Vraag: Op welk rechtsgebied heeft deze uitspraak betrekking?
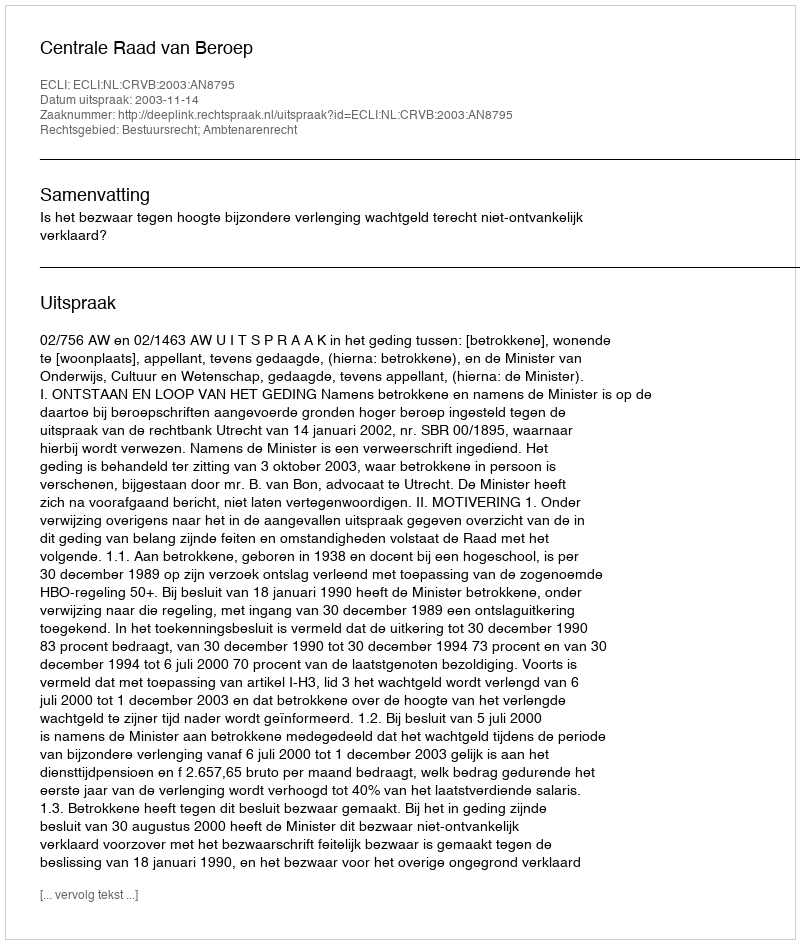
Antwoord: Bestuursrecht; Ambtenarenrecht